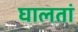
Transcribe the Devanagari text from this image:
घालतां